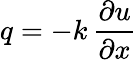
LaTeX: q=-k\, {\frac{\partial u}{\partial x}}